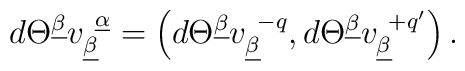
d\Theta^{\underline\beta}v_{\underline\beta}^{~\underline\alpha}=\left(d\Theta^{\underline\beta}v_{\underline\beta}^{~-q},d\Theta^{\underline\beta}v_{\underline\beta}^{~+q'}\right).